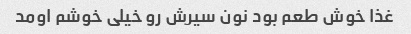
غذا خوش طعم بود نون سیرش رو خیلی خوشم اومد